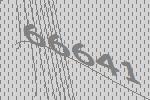
66641